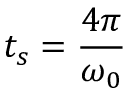
t _ { s } = \frac { 4 \pi } { \omega _ { 0 } }